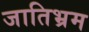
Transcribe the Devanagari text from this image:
जातिभ्रम